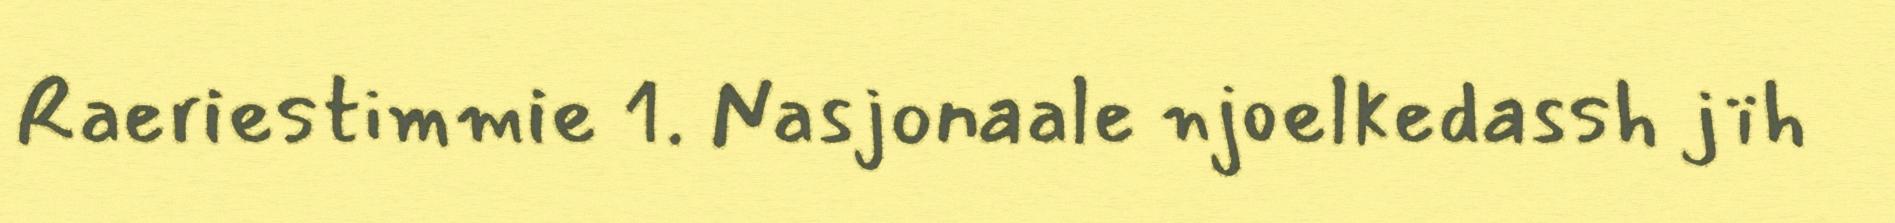
Raeriestimmie 1. Nasjonaale njoelkedassh jïh